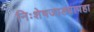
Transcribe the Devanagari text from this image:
निःशेषजाड्यापहा